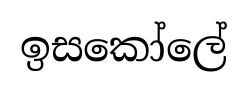
ඉසකෝලේ